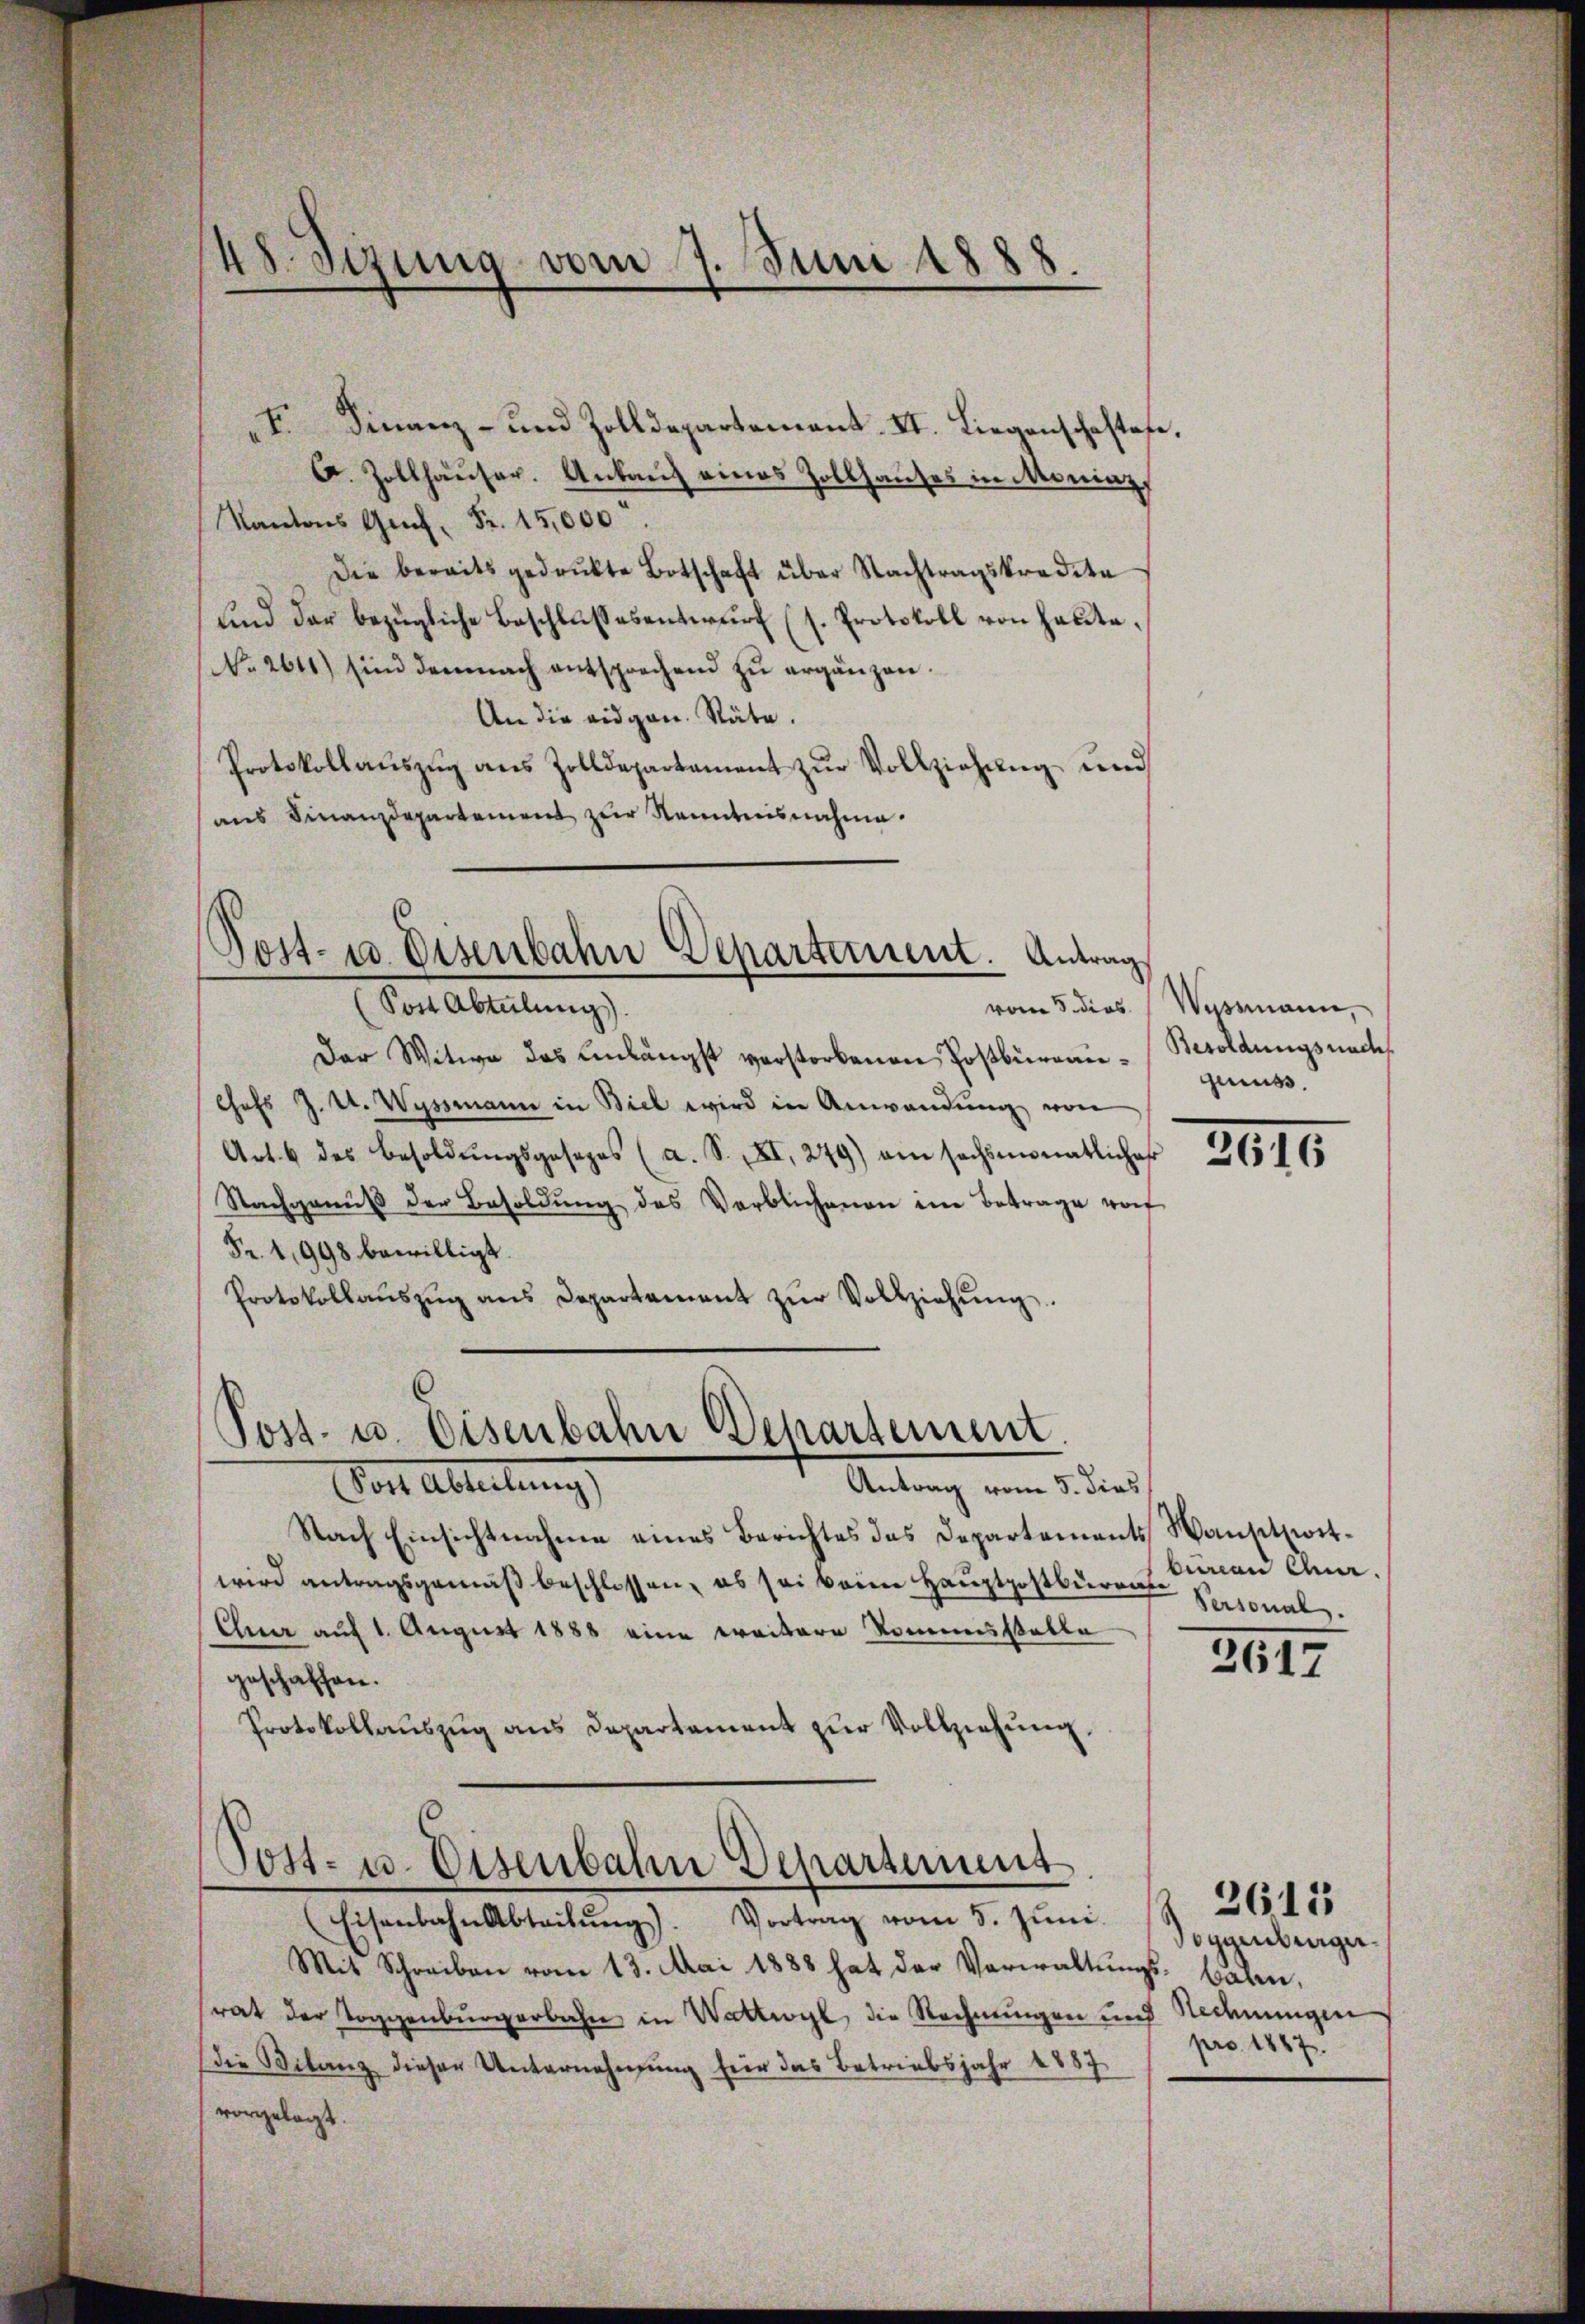
48. Sizung vom 7. Juni 1888.

I. Finanz- und Zolldepartement. II. Liegenschaftafe,
C. Zollhäŭser. Ankaŭf eines Zollhauses in Moniaz,
Kantons Ges. Fr. 15,000.
Die bereits gedrukte Botschaft über Nachtragskredita
sind der bezügliche Beschlußesentwurf (s. Protokoll von heute,
No. 2611) sind demnach entsprechend zu ergänzen.
An die eidgen. Stäte.
Protokollauszug aus Zolldepartament zur Vollziehung und
aus Finanzdepartement zur Kenntnisnahme.

Post- u Eisenbahn Departement. Antrag

(Post Abteilung).
Der Witwe das Einlängst verstorbenen Postbureau¬
Chefs J. U. Wyssmann in Biel wird in Anwendŭng von
Art. 6 des Besoldŭngsgesezes (a. S. XI, 279) ein sechsmonatlicher
Nachganŭβ der Besoldŭng des Verblichenen im Betrage vo
Fr. 1,998 bewilligt.
Protokollaŭszŭg ans Departement zŭr Vollziehŭng.

Post- u. Eisenbahn Departement

Vor Abteilungs
Antrag vom 5. dies
Nach Einsichtnahme eines Berichtes das Departements Wansitzwitwird antragsgemäß beschlossen, es sei beim Hauptpostbürrate
Chur auf 1. August 1888 eine weitere Romannsstelle
geschaffen.
Protokollauszug aus Departament zur Vollziehung.

Post- u. Eisenbahn Departement
Eisenbahn Abteilŭng). Vortrag vom 5. Jŭni

Mit Schreiben vom 13. Mai 1888 hat der Verwaltŭngs- baben,
srat der Toggenburgerbahn in Wattwyl die Rechnungen und Redeningen
die Bilanz dieser Unternehmung für das Betriebsjahr 1887
vorgelegt.

vom 5. dies. Wyssmann,
Besoldungsnach
genuss.

2671

biinen Qu
Personal.

2617

Toggenburgerpro. 1887.

2615